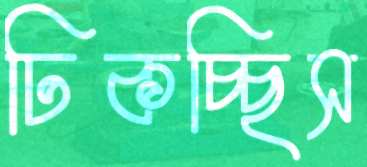
ঢিকচ্ছিস